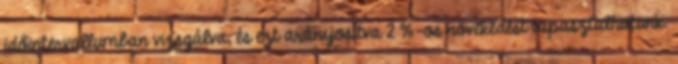
időintervallumban vizsgálva, és ezt arányosítva 2 %-os növekedést tapasztalhatunk.